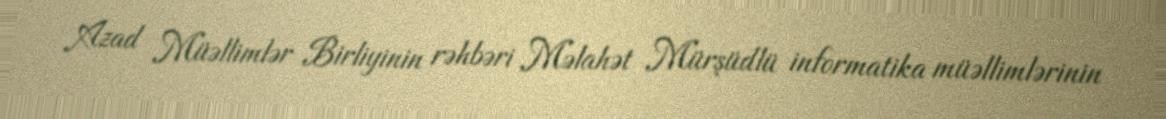
Azad Müəllimlər Birliyinin rəhbəri Məlahət Mürşüdlü informatika müəllimlərinin